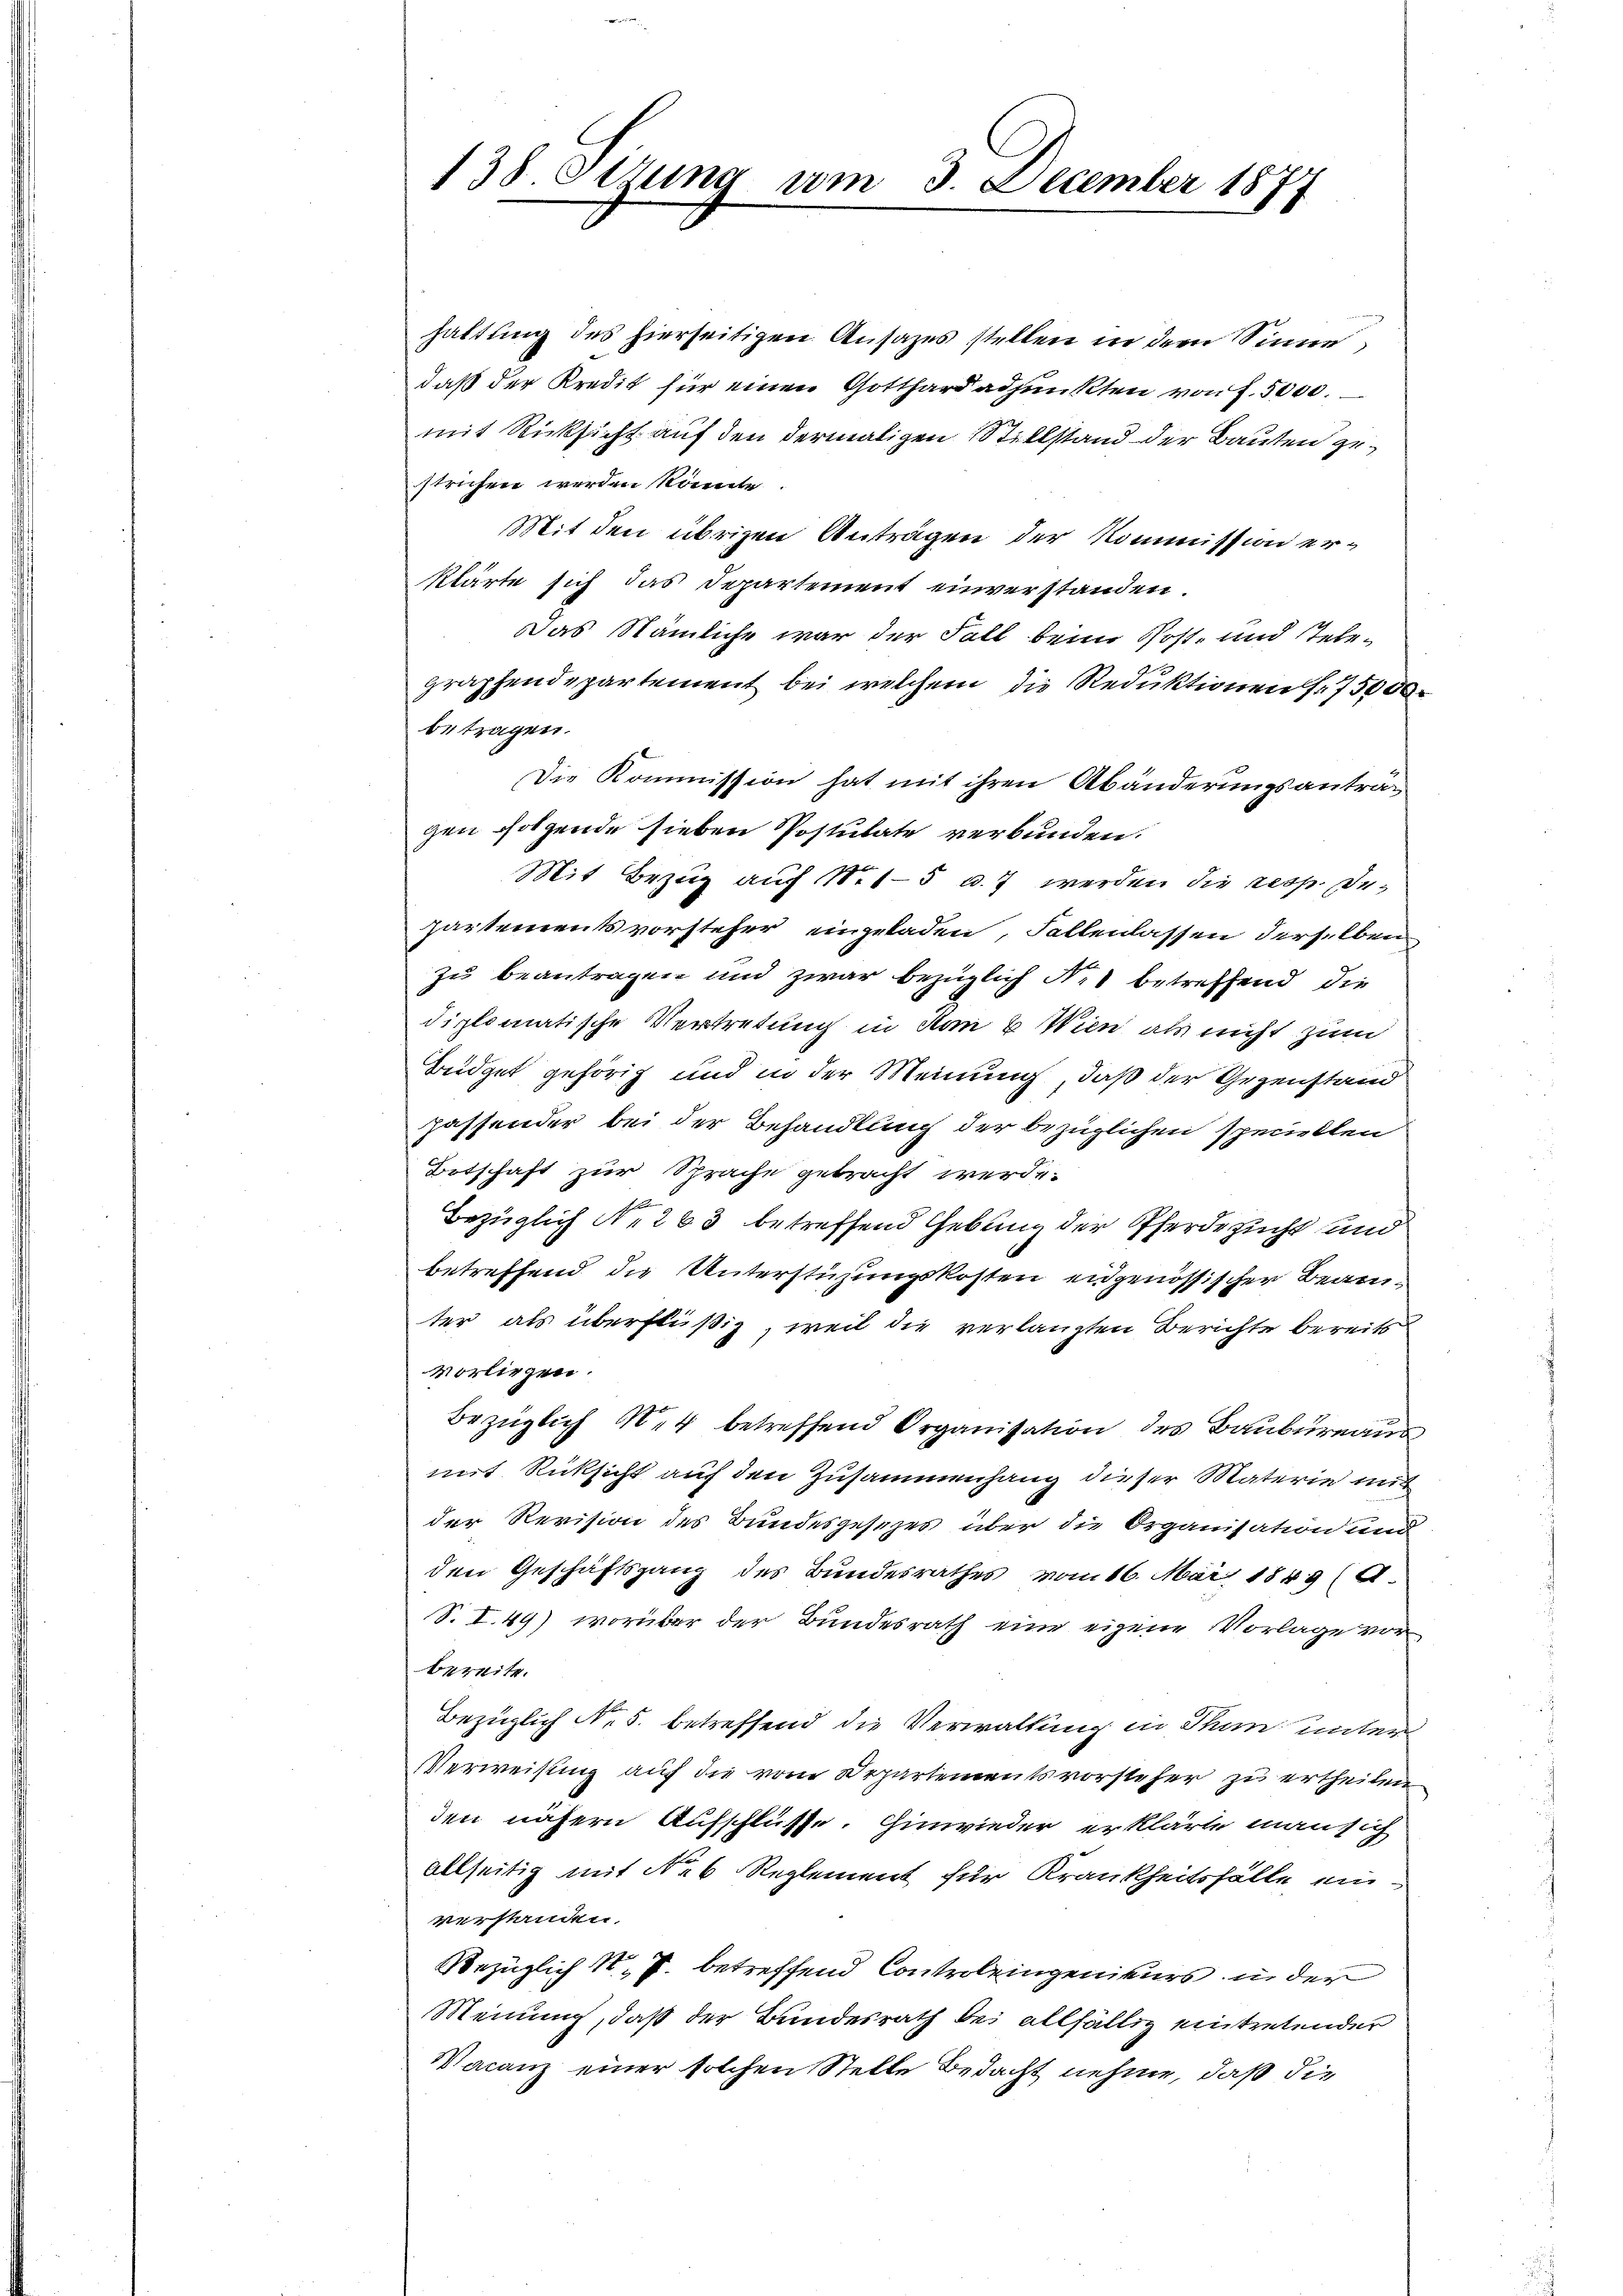
haltung des hierseitigen Ansazes stellen in dem Sinne
daß der Kredit für einen Gotthard adjunkten von f. 5000.
mit Rücksicht auf den dermaligen Stillstand der Bauten gestrichen werden könnte.
Mit den übrigen Anträgen der Kommission erklärte sich das Departement einverstanden.
Das Nämliche war der Fall beim Post- und Telegraphendepartement bei welchem die Reduktionen f. 75000
betragen.
Die Kommission hat mit ihren Abänderungsanträgen folgende sieben Postulate verbunden.
Mit Bezug auf 1. 15 u. 7 werden die resp. departementsvorsteher eingeladen, Fallenlassen derselben
zu beantragen und zwar bezüglich N. 1 betreffend die
diplomatische Vertretung in Hon 6 Wien als nicht zum
Büdget gehörig und in der Meinung, daß der Gegenstand
passender bei der Behandlung der bezüglichen speciellen
Botschaft zur Sprache gebracht werde.
Bezüglich No 263 betreffend Gebung der Pferdezucht und
betreffend die Unterstüzungskosten eidgenössischer Beamter als überflüßig, weil die verlangten Berichte bereits
vorliegen.
Bezüglich M. betreffend Organisation des Baubureaus
mit Rücksicht auf den Zusammenhang dieser Materie mit
der Revision des Bundesgesezes über die Organisation und
den Geschäftsgang des Bundesrathes vom 16. Mai 1849 (A
S. I. 49) worüber der Bundesrath eine eigene Vorlage vor
bereite.
Bezüglich No. 5. betreffend die Verwaltung in Thun unter¬
Verweisung auf die vom Departementsvorsteher zu ertheilen
den nähern Aufschlüsse. Einwieder erklärte mansig
allseitig mit Nr 6 Reglement für Krankheitsfälle einverstanden.
Bezüglich 1. J. betreffend Controleingenieurs in der
Meinung, daß der Bundesrath bei allfällig eintretender
Wacanz einer solchen Stelle Bedacht nehme, daß die

138. Stzung am 3. December 1877